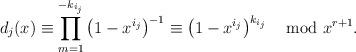
LaTeX: \begin{align*}d_j(x)\equiv\prod\limits_{m=1}^{-k_{i_j}}\left(1-x^{i_j}\right)^{-1}\equiv \left(1-x^{i_j}\right)^{k_{i_j}} \mod x^{r+1}.\end{align*}